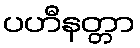
ပဟီနတ္တာ